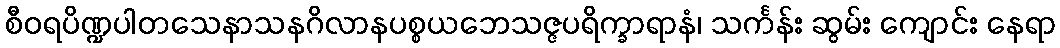
စီဝရပိဏ္ဍပါတသေနာသနဂိလာနပစ္စယဘေသဇ္ဇပရိက္ခာရာနံ၊ သင်္ကန်း ဆွမ်း ကျောင်း နေရာ